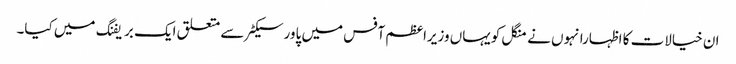
ان خیالات کا اظہارانہوں نے منگل کویہاں وزیراعظم آفس میں پاورسیکٹر سے متعلق ایک بریفنگ میں کیا۔